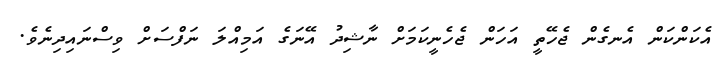
އެކަންކަން އެނގެން ޖެހޭތީ އަހަން ޖެހެނީކަމަށް ނާޝިދު އޭނަގެ އަމިއްލަ ނަފްސަށް ވިސްނައިދިނެވެ.